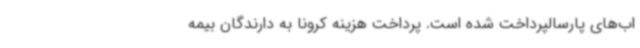
اب‌های پارسالپرداخت شده است. پرداخت هزینه کرونا به دارندگان بیمه